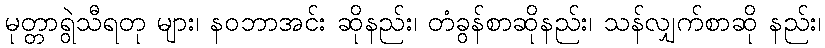
မုတ္တာရွဲသီရတု များ၊ နဝဘာအင်း ဆိုနည်း၊ တံခွန်စာဆိုနည်း၊ သန်လျှက်စာဆို နည်း၊